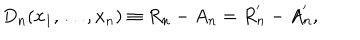
D _ { n } ( x _ { 1 } , \ldots , x _ { n } ) \equiv R _ { n } - A _ { n } = R _ { n } ^ { ^ { \prime } } - A _ { n } ^ { ^ { \prime } } ,